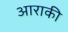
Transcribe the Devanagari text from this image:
आराकी